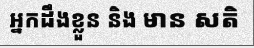
អ្នកដឹងខ្លួន និង មាន សតិ